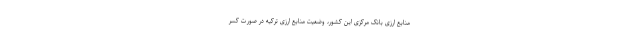
منابع ارزی بانک مرکزی این کشور، وضعیت منابع ارزی ترکیه در صورت کسر